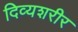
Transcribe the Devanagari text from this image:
दिव्यशरीर